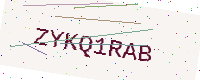
Text: ZYKQ1RAB